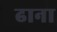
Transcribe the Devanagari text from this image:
ढाना